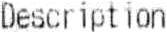
DESCRIPTION